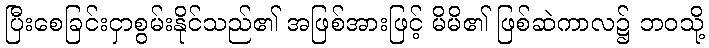
ပြီးစေခြင်းငှာစွမ်းနိုင်သည်၏ အဖြစ်အားဖြင့် မိမိ၏ ဖြစ်ဆဲကာလ၌ ဘဝသို့